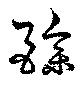
酴